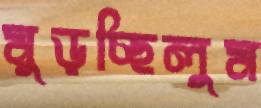
মুড়চ্ছিলুম